Vaccine operations Central Provinces & Berar 1922-1929 - 1922-1929
Year: 1922
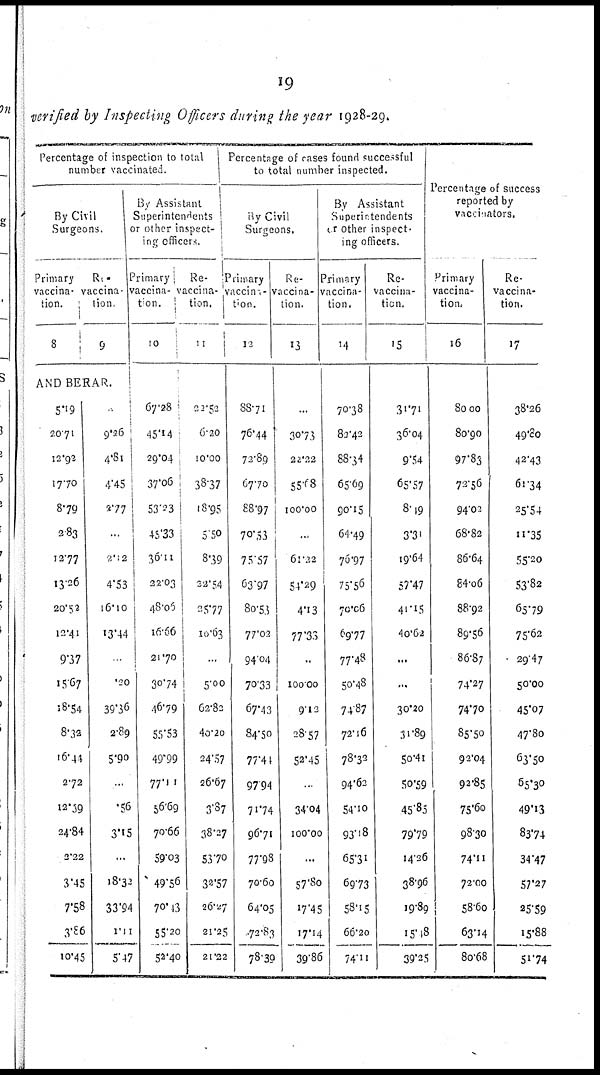
19
verified by Inspecting Officers during the year 1928-29.
Percentage of inspection to total
number vaccinated.
By Civil
Surgeons.
Primary
vaccina-
tion.
8
Re-
vaccina
tion.
9
AND BERAR.
5.19
20.70
12.92
17.70
8.79
2.83
12.77
13.26
20.53
12.41
9.37
15.67
18.54
8.32
16.44
2.72
12.39
24.84
2.22
3.45
7.58
3.86
10.45
.
9.26
4.81
4.45
2.77
...
2.12
4.53
l6.10
13.44
.20
39.36
2.89
5.90
..
.56
3.15
...
18.32
33.94
1.11
5.47
By Assistant
Superintendents
or other inspect-
ing officers.
Primary
vaccina-
ton.
10
67.28
45.14
29.04
37.06
53.23
45.33
36.11
22.03
48.05
16.66
21.70
30.74
16.79
55.53
49.99
77.11
56.69
70.66
59.03
49.56
70.43
55.20
52.40
Re-
vaccina-
tion.
11
22.52
6.20
10.00
38.37
18.95
5.50
8.39
22.54
25.77
10.63
..
5.00
62.83
40.20
24.57
26.67
3.87
38.27
53.70
32.57
26.27
21.25
21.22
Percentage of cases found successful
to total number inspected.
By Civil
Surgeons.
Primary
vaccina-
tion.
12
88.71
76.44
72.89
67.70
88.97
70.53
75.57
63.97
80.53
77.02
94.04
70.33
67.13
84.50
77.44
97.94
71.74
96.71
77.98
70.60
64.05
72.83
78.39
Re-
-accina-
tion.
13
...
30.73
22.22
55.68
100.00
...
61.22
54.29
4.13
77.33
..
100.00
9.12
28.57
52.45
...
34.04
100.00
...
57.80
17.45
17.14
39.86
By Assistant
Superirtendents
or other inspect-
ing officers.
Primary
vaccina-
tion.
14
70.38
83.42
88.34
65.69
90.15
64.49
76.97
75.56
70.06
69.77
77.48
50.48
74.87
72.16
78.32
94.62
54.10
93.18
65.31
69.73
58.15
66.20
74.11
Re-
vaccina-
tion.
15
31.71
36.04
9.54
65.57
8.19
3.31
19.64
57.47
41.15
40.62
...
...
30.20
31.89
50.41
50.59
45.85
79.79
14.26
38.96
19.89
15.18
39.25
Percentage of success
reported by
vaccinators.
Primary
vaccina-
tion.
16
80.00
80.90
97.83
72.56
94.02
68.82
86.64
84.06
88.92
89.56
86.87
74.27
74.70
85.50
92.04
92.85
75.60
98.30
74.11
72.00
58.60
63.14
80.68
Re-
vaccina-
tion.
17
38.26
49.80
42.43
61.34
25.54
11.35
55.20
53.82
65.79
75.62
29.47
50.00
45.07
47.80
63.50
65.30
49.13
83.74
34.47
57.27
25.59
15.88
51.74